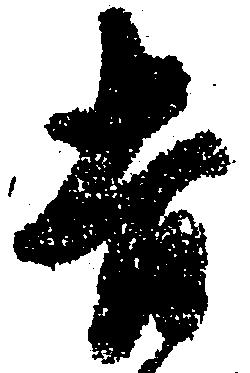
吉